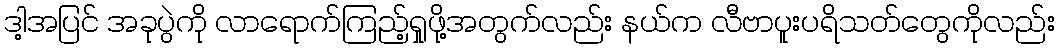
ဒါ့အပြင် အခုပွဲကို လာရောက်ကြည့်ရှုဖို့အတွက်လည်း နယ်က လီဗာပူးပရိသတ်တွေကိုလည်း